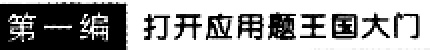
第一编 打开应用题王国大门